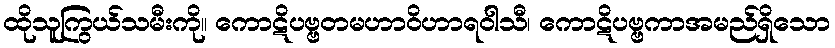
ထိုသူကြွယ်သမီးကို။ ကောဋိပဗ္ဗတမဟာဝိဟာရဝါသီ၊ ကောဋိပဗ္ဗကာအမည်ရှိသော